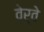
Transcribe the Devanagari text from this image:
वेर्वे